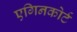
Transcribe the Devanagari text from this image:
एगिनकोर्ट